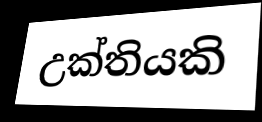
උක්තියකි